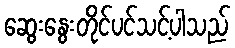
ဆွေးနွေးတိုင်ပင်သင့်ပါသည်